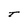
Character: T